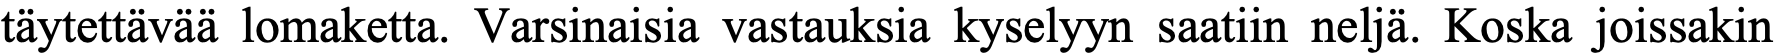
täytettävää lomaketta. Varsinaisia vastauksia kyselyyn saatiin neljä. Koska joissakin